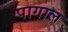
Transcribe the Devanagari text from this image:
पागाल